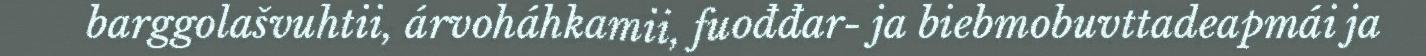
barggolašvuhtii, árvoháhkamii, fuođđar- ja biebmobuvttadeapmái ja